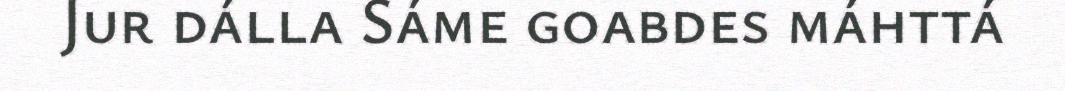
Jur dálla Sáme goabdes máhttá